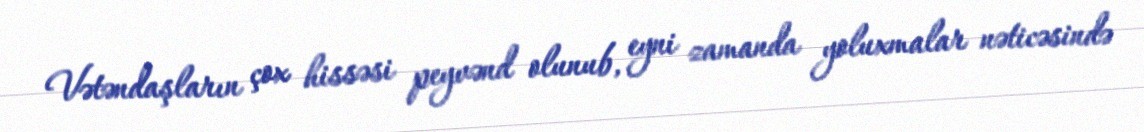
Vətəndaşların çox hissəsi peyvənd olunub, eyni zamanda yoluxmalar nəticəsində